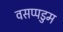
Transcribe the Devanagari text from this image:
वसप्पडुम